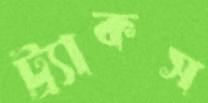
ট্র্যাকস